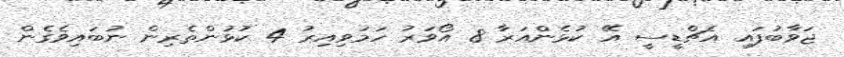
ޖަވާބުފައި އެޗްޑީސީ އޭ ކުޅެންއަރާ 8 އޯވަރު ހަމަވިއިރު 4 ކުޅުންތެރިން ނުބައިވެގެން